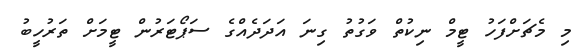
މި މެޗަށްފަހު ޓީމް ނިކުތް ވަގުތު ގިނަ އަދަދެއްގެ ސަޕޯޓަރުން ޓީމަށް ތަރުހީބު